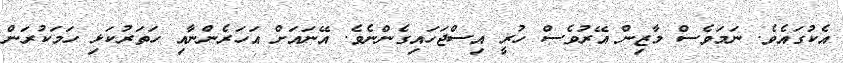
އެކުގައެވެ. ނަމަވެސް މާޒިން އޭރުވެސް ހުރީ އިސްޖަހައިގެންނެވެ. އޭނައަށް އަހަރެންނާއި ހަތަރުކަޅި ހަމަކުރަން